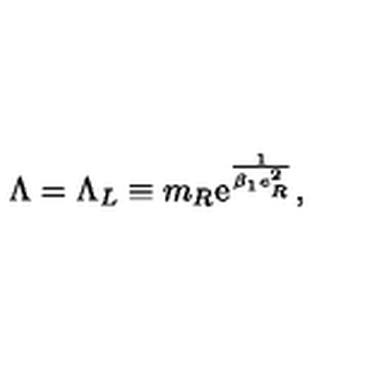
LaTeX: \Lambda = \Lambda _ { L } \equiv m _ { R } \mathrm { e } ^ { \frac { 1 } { \beta _ { 1 } e _ { R } ^ { 2 } } } ,